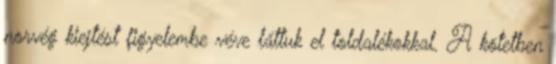
norvég kiejtést figyelembe véve láttuk el toldalékokkal. A kötetben